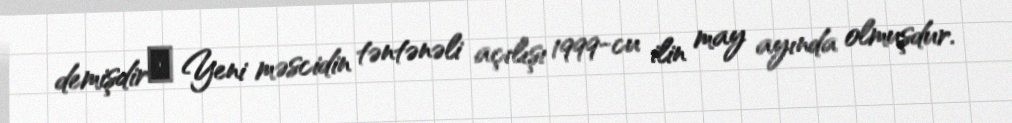
demişdirː Yeni məscidin təntənəli açılışı 1999-cu ilin may ayında olmuşdur.